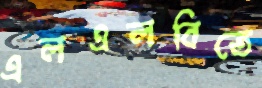
এলএলবিতে